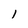
Character: 1